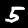
Digit: 5